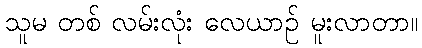
သူမ တစ် လမ်းလုံး လေယာဉ် မူးလာတာ။